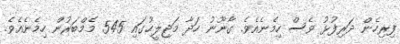
ފިރިހެން ދަރިފުޅު ވެސް ހިމެނެއެވެ. ގާނޫނު ހަދާ މަޖިލީހުގައި 545 މެމްބަރުން ހިމެނެއެވެ.